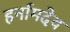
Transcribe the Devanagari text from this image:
हर्नामदेव